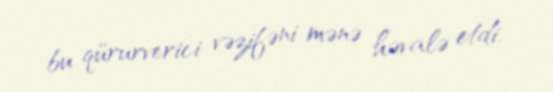
bu qürurverici vəzifəni mənə həvalə etdi.